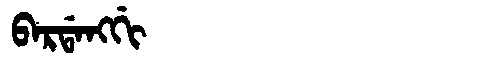
Manchu: ᠪᠠᡵᡩᠠᠩᡤᡳ
Romanization: BARDANGGI